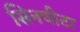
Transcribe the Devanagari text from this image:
सिनचीटा